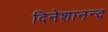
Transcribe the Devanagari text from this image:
दिनेशानन्द